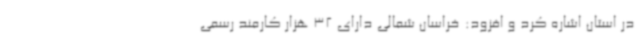
در استان اشاره کرد و افزود: خراسان شمالی دارای 32 هزار کارمند رسمی